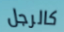
كالرجل